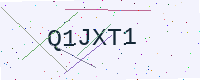
Text: Q1JXT1